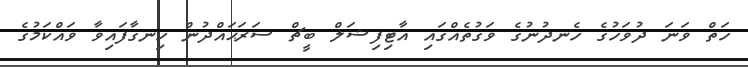
ހަތް ވަނަ ދުވަހުގެ ހެނދުނުގެ ވަގުތެއްގައި އާޓިފިޝަލް ބީޗް ސަރަޙައްދުން ހިނގާފައިވާ ވައްކަމުގެ